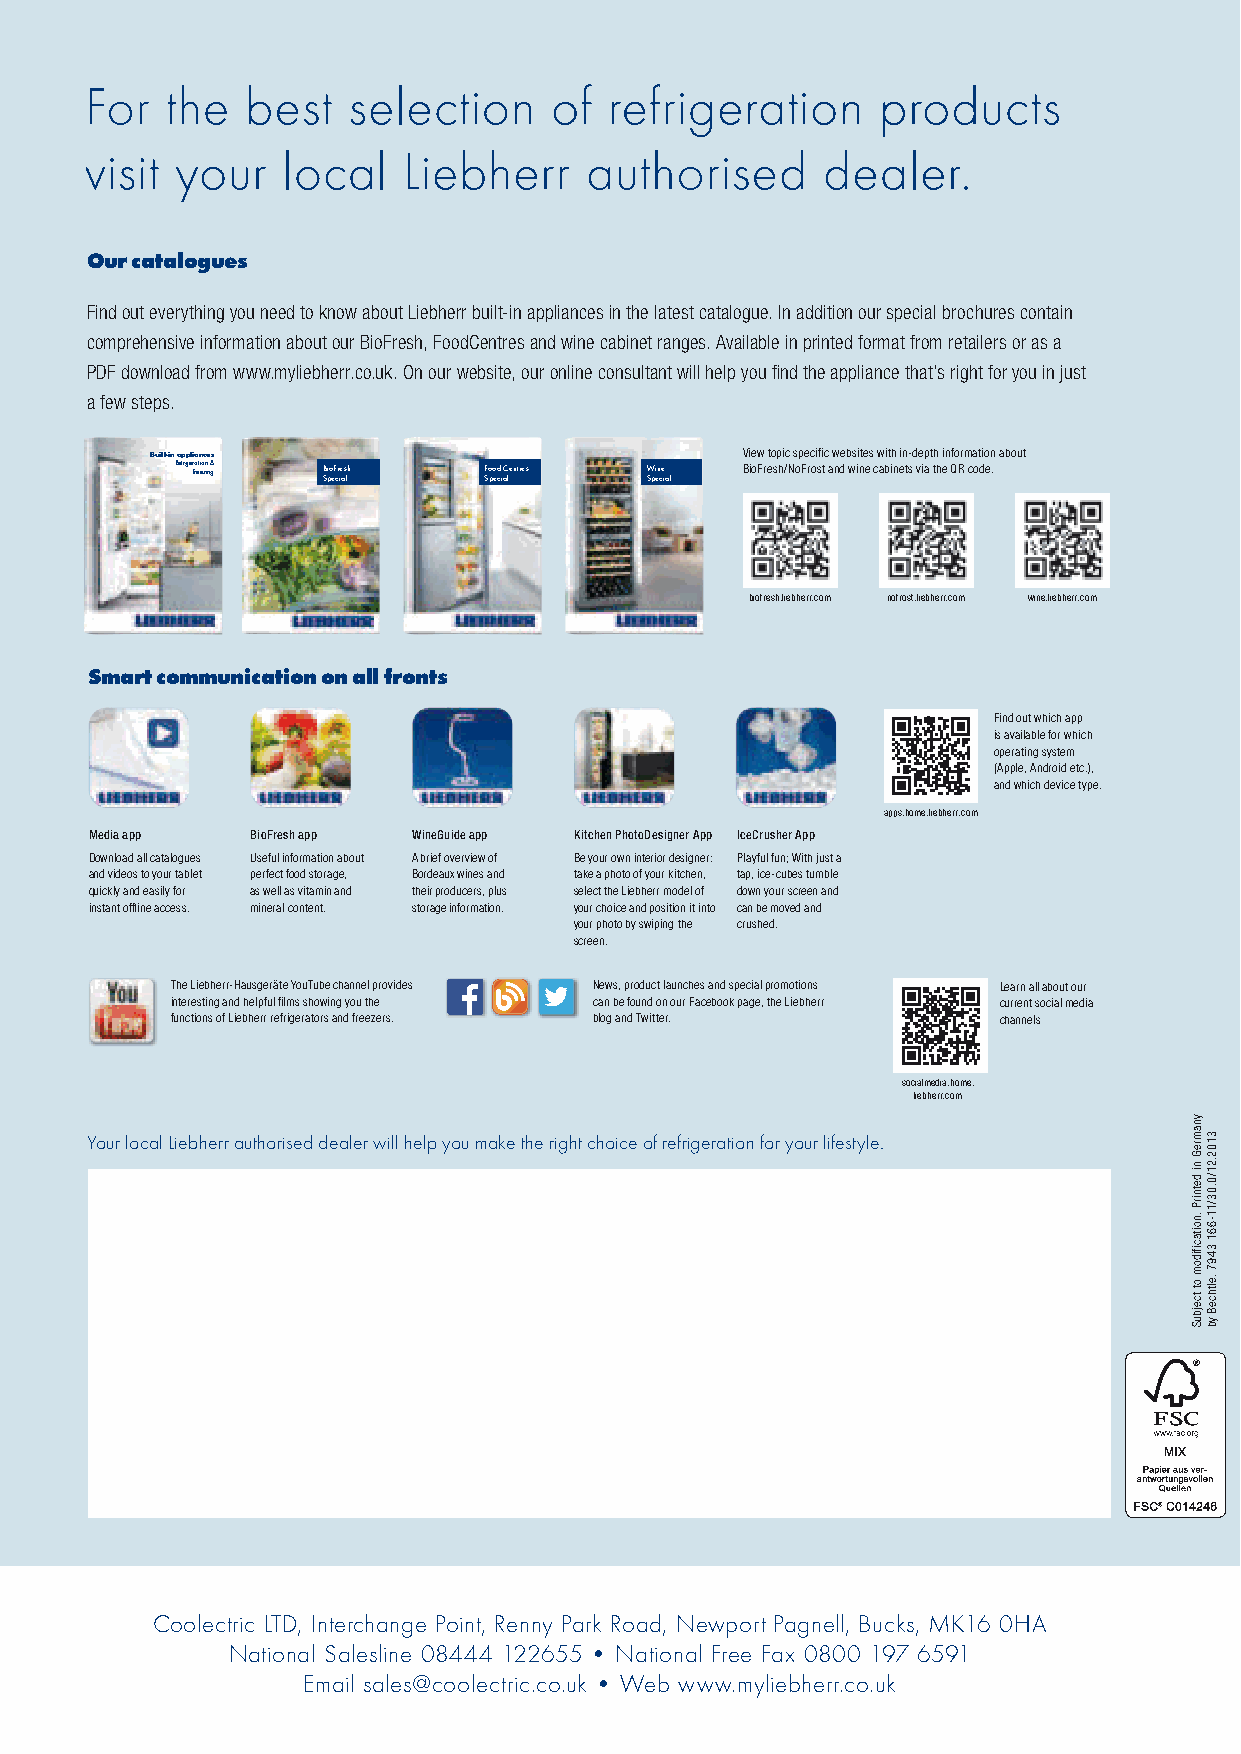
For  the  best   selection    of  refrigeration     products
 visit your   local   Liebherr    authorised     dealer.
 Our catalogues
 Find out everything you need to know about Liebherr built-in appliances in the latest catalogue. In addition our special brochures contain
 comprehensive information about our BioFresh, FoodCentres and wine cabinet ranges. Available in printed format from retailers or as a
 PDF download from www.myliebherr.co.uk. On our website, our online consultant will help you fi nd the appliance that’s right for you in just
 a few steps.
 Built-in appliances                    View topic specifi c websites with in-depth information about
 Refrige Fr ra et eio zn in & g B Spio eF cr ie as lh F So po ed ci aC lentres W Spi en ce ial BioFresh/NoFrost and wine cabinets via the QR code.
 biofresh.liebherr.com nofrost.liebherr.com wine.liebherr.com
 Smart communication on all fronts
 Find out which app
 is available for which
 operating system
 (Apple, Android etc.),
 and which device type.
 apps.home.liebherr.com
 Media app  BioFresh app WineGuide app Kitchen PhotoDesigner App IceCrusher App
 Download all catalogues Useful information about A brief overview of Be your own interior designer: Playful fun; With just a
 and videos to your tablet perfect food storage, Bordeaux wines and take a photo of your kitchen, tap, ice-cubes tumble
 quickly and easily for as well as vitamin and their producers, plus select the Liebherr model of down your screen and
 instant offl ine access. mineral content. storage information. your choice and position it into can be moved and
 your photo by swiping the crushed.
 screen.
 The Liebherr-Hausgeräte YouTube channel provides News, product launches and special promotions Learn all about our
 interesting and helpful fi lms showing you the can be found on our Facebook page, the Liebherr current social media
 functions of Liebherr refrigerators and freezers. blog and Twitter. channels
 socialmedia.home.
 liebherr.com
 Your local Liebherr authorised dealer will help you make the right choice of refrigeration for your lifestyle.
 Coolectric LTD, Interchange Point, Renny Park Road, Newport Pagnell, Bucks, MK16 0HA
 National Salesline 08444 122655 • National Free Fax 0800 197 6591
 Email sales@coolectric.co.uk • Web www.myliebherr.co.uk
 LLHHGG__SSttaanndd__22001144__UU44--UU11__GGBB__0022..iinndddd 8844    2211..1111..22001133 1167::1489::1400 UUhhrr
 ynamreG
 ni
 detnirP
 .noitacifidom
 ot
 tcejbuS
 3102.21/0.03/11-661
 3497
 .elthceB
 yb